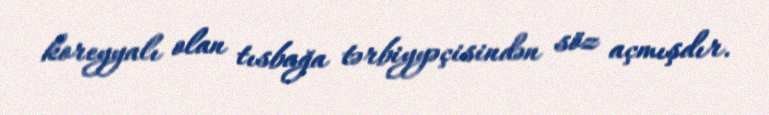
koreyyalı olan tısbağa tərbiyyəçisindən söz açmışdır.